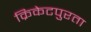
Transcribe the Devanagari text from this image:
क्रिकेटपुरता